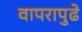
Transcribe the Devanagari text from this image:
वापरापुढे